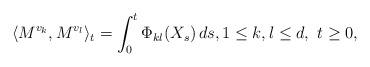
LaTeX: \begin{align*}\langle M^{v_k}, M^{v_l} \rangle_t = \int_0^t \Phi_{kl}(X_s) \, ds, 1 \le k,l \le d, \ t \ge 0,\end{align*}